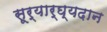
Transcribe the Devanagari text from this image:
सूर्यार्घ्यदान